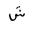
Letter: _shin